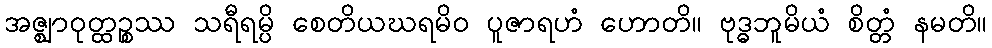
အဇ္ဈာဝုတ္ထဉ္စဿ သရီရမ္ပိ စေတိယဃရမိဝ ပူဇာရဟံ ဟောတိ။ ဗုဒ္ဓဘူမိယံ စိတ္တံ နမတိ။